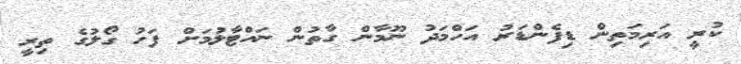
ކުރީ އަރިމަތިން ޑިފެންޑަރު އަހްމަދު ނޫމާން ގާތުން ނައްޓާލުމަށް ފަހު ގޯލުގެ ތިރީ